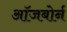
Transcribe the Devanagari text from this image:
ऑजबोर्न